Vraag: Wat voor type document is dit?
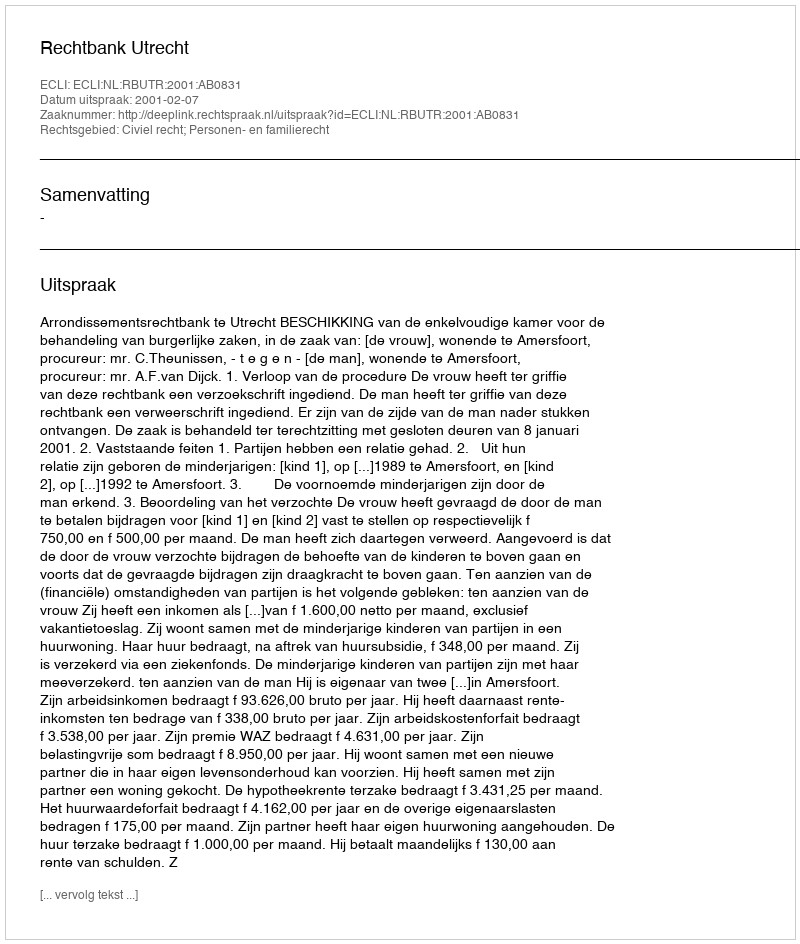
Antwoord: Uitspraak